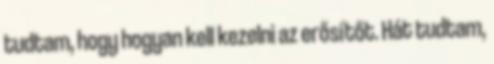
tudtam, hogy hogyan kell kezelni az erősítőt. Hát tudtam,